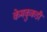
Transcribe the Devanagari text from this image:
केमकुकडी